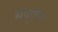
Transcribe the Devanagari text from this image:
संपुर्णतः